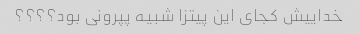
خداییش کجای این پیتزا شبیه پپرونی بود؟؟؟؟